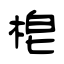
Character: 梍